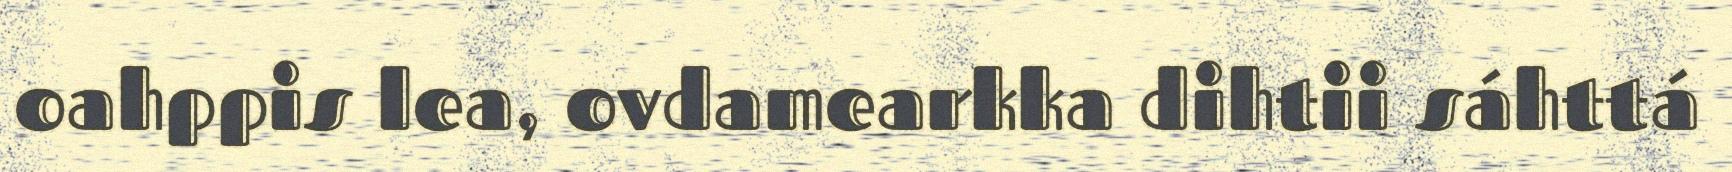
oahppis lea, ovdamearkka dihtii sáhttá